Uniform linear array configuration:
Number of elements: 64
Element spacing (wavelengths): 0.5
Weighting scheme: uniform
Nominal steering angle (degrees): -45
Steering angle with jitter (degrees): -44.447
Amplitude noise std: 0.05
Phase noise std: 0.05

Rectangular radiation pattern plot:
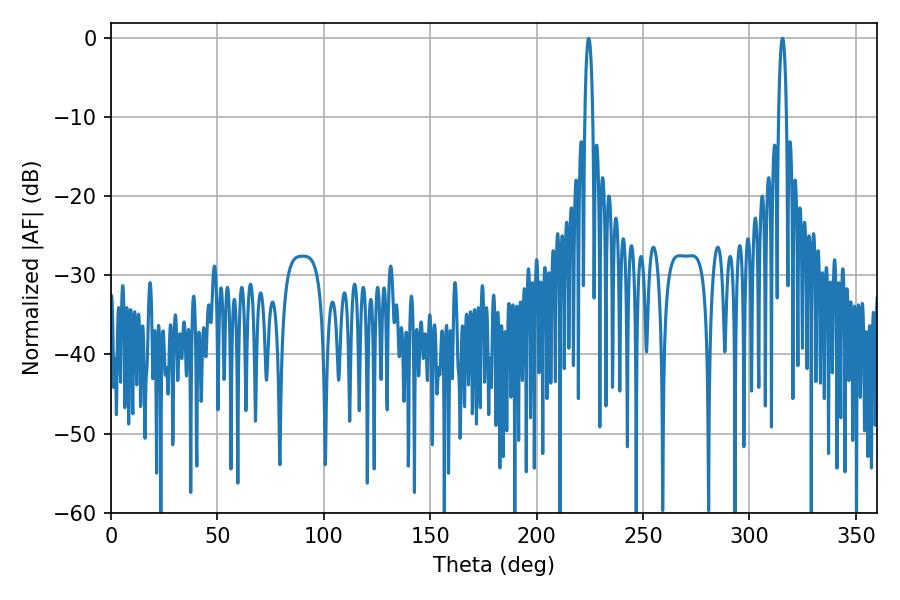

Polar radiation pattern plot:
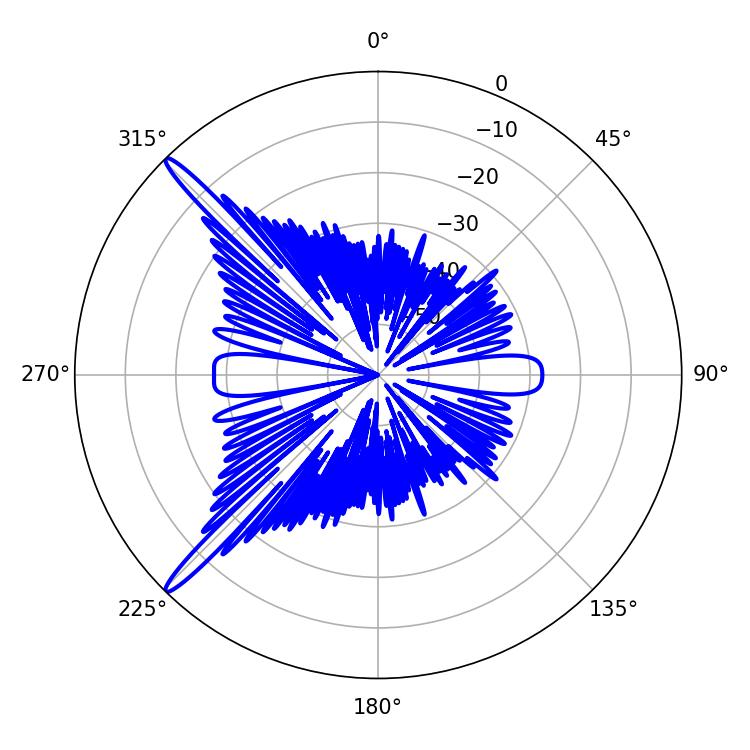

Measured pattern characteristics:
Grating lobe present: FALSE
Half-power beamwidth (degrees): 2.16
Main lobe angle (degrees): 224.46